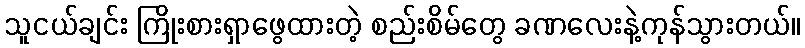
သူငယ်ချင်း ကြိုးစားရှာဖွေထားတဲ့ စည်းစိမ်တွေ ခဏလေးနဲ့ကုန်သွားတယ်။